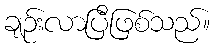
ချဉ်းလာပြီဖြစ်သည်။